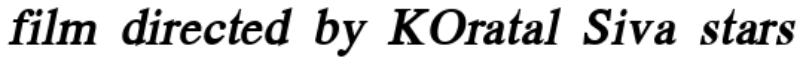
film directed by KOratal Siva stars